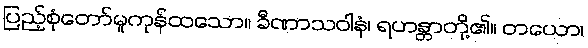
ပြည့်စုံတော်မူကုန်ထသော။ ခီဏာသဝါနံ၊ ရဟန္တာတို့၏။ တယော၊